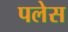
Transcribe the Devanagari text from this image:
पलेस